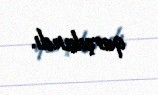
qarşılandı.